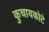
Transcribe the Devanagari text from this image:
कुचायकोटे